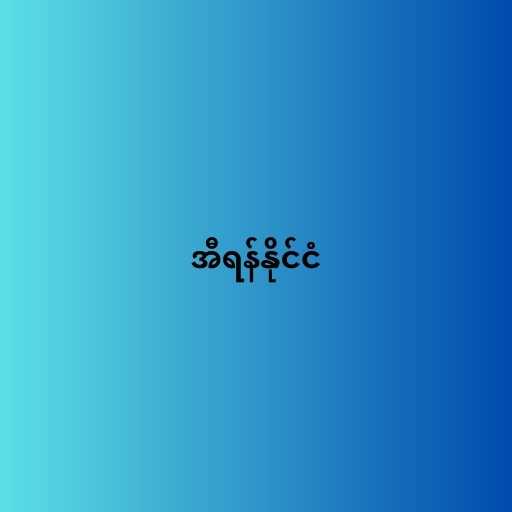
အီရန်နိုင်ငံ